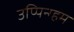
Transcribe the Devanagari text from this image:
उप्पिन्ग्हम